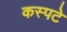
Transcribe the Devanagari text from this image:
कस्पटे